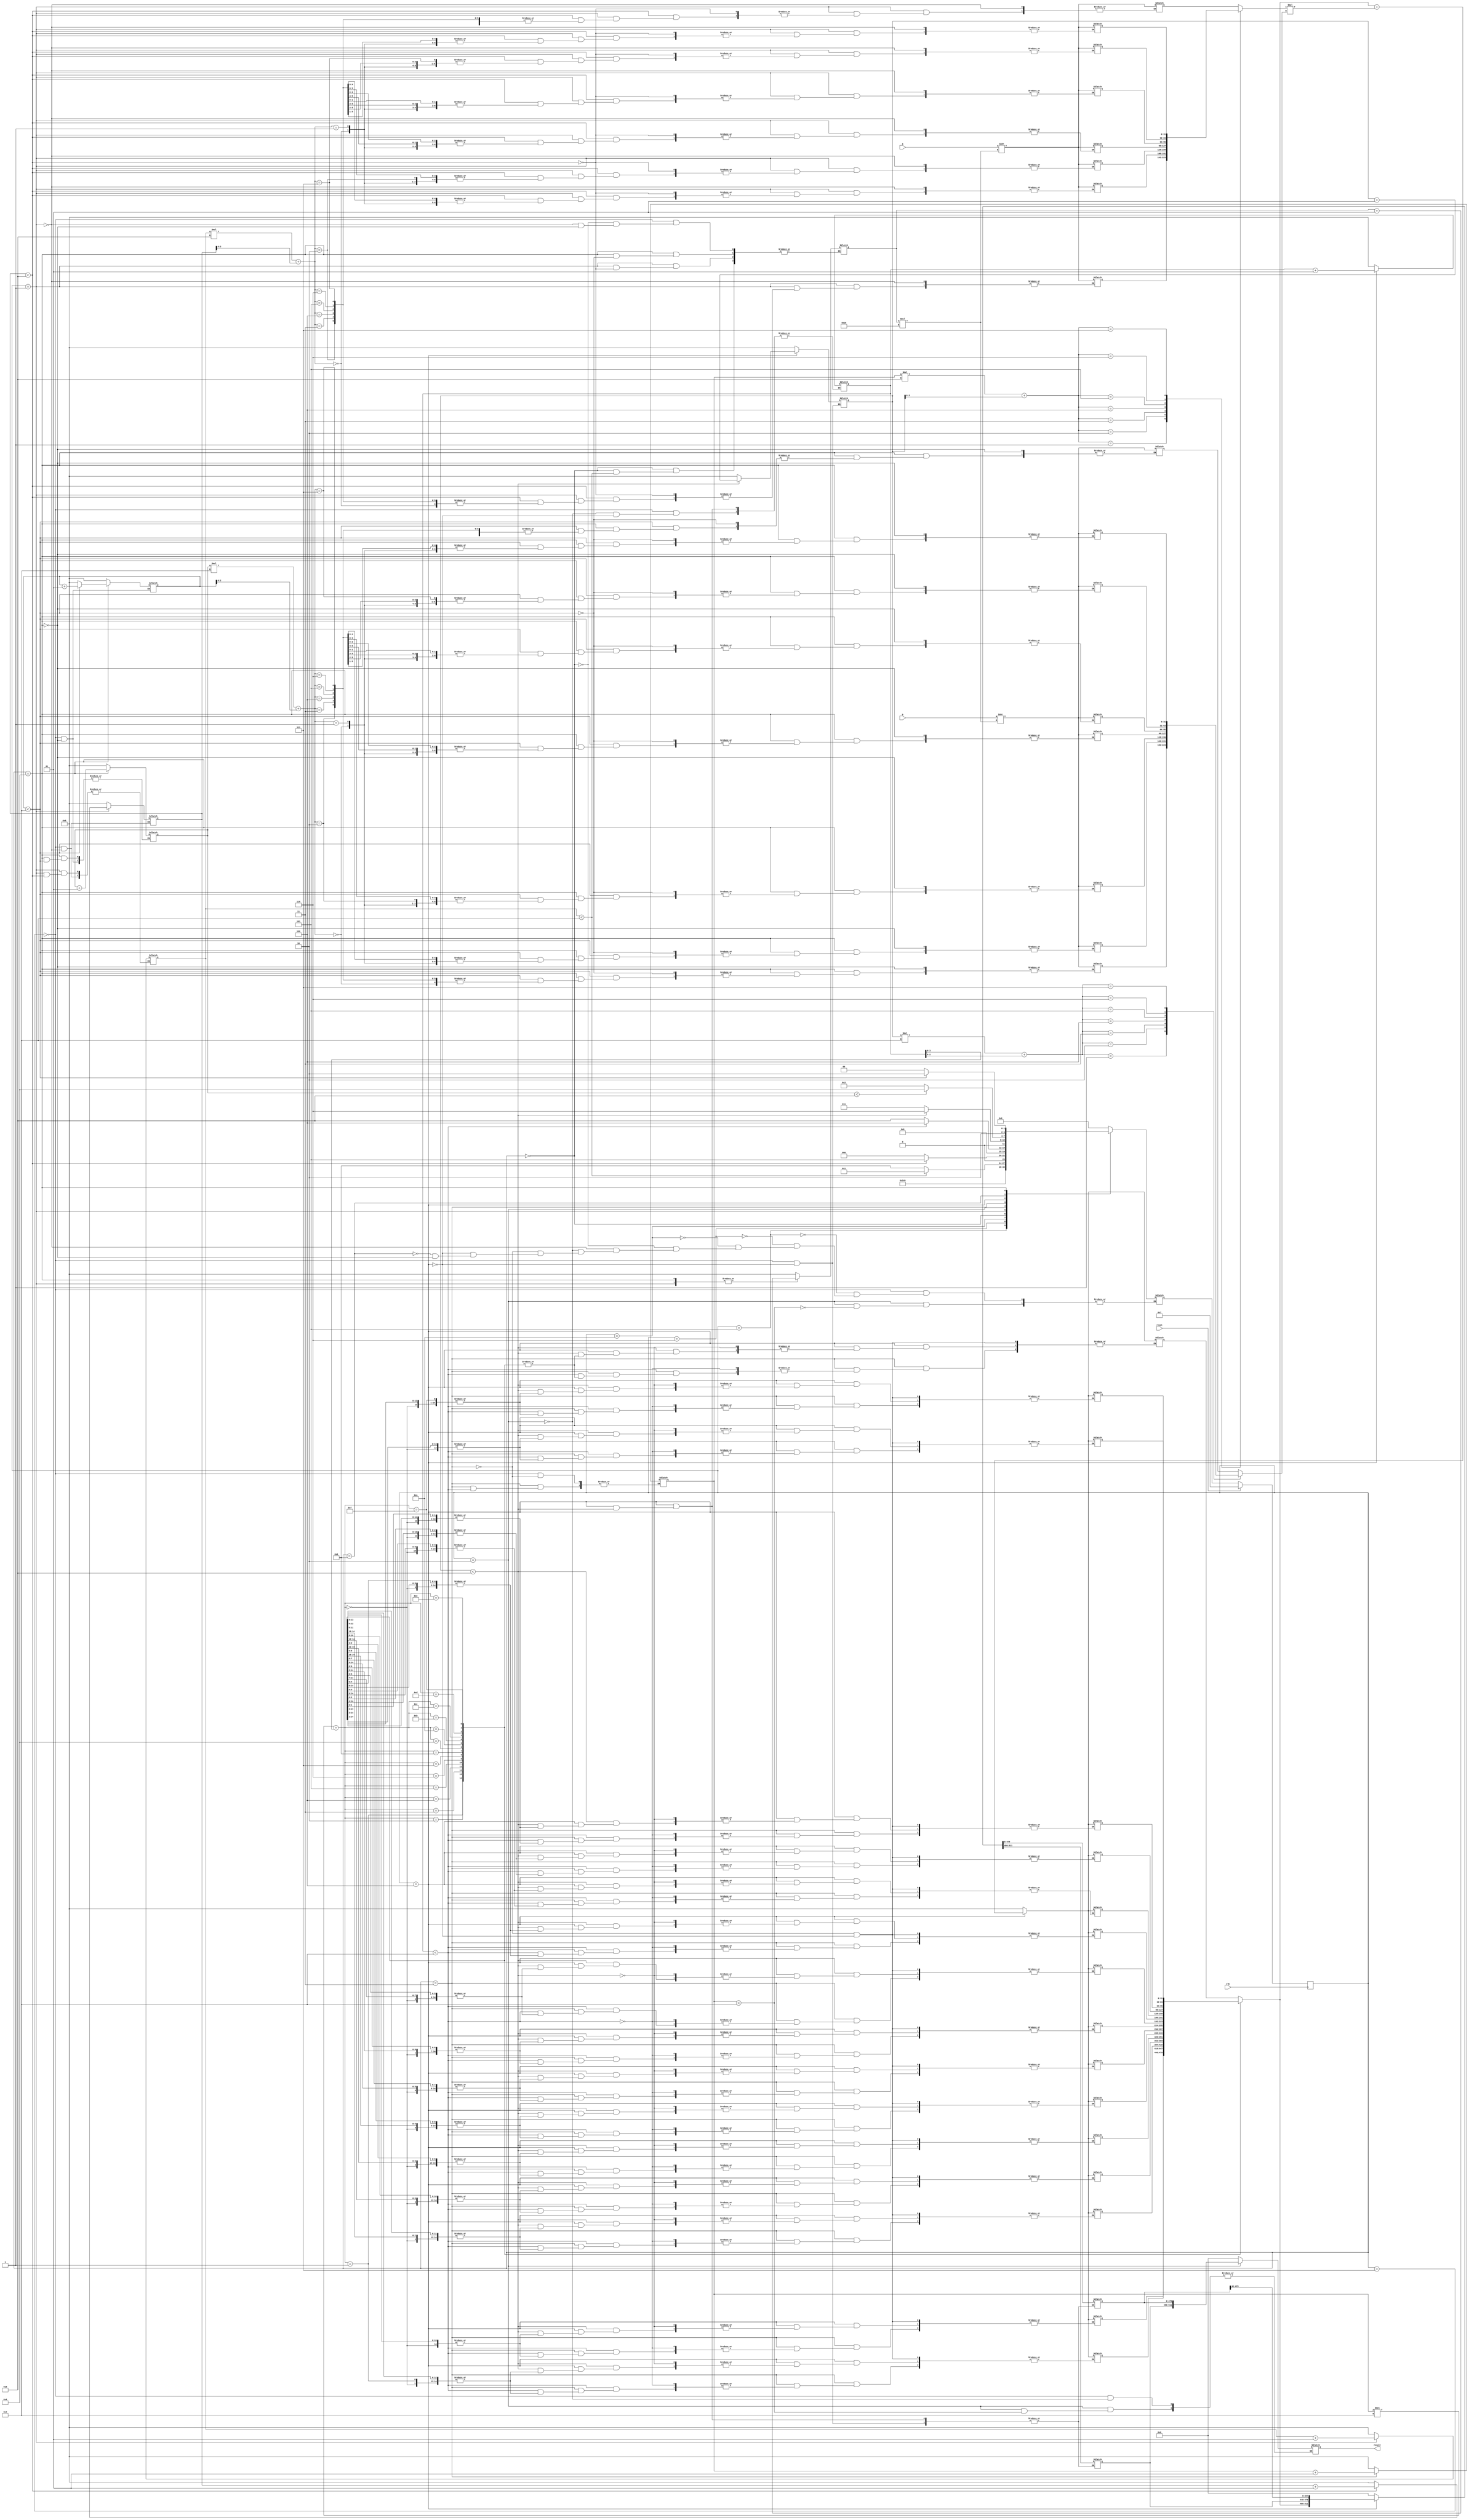
`timescale 1ns / 1ps
//////////////////////////////////////////////////////////////////////////////////
// Company: 
// Engineer: 
// 
// Design Name: 
// Module Name: test10
// Project Name: 
// Target Devices: 
// Tool Versions: 
// Description: 
// 
// Dependencies: 
// 
// Revision:
// Revision 0.01 - File Created
// Additional Comments:
// 
//////////////////////////////////////////////////////////////////////////////////



module matrix_mul(a,b,clk,reset,result);

parameter n=4,m=2;
input [n*m*32-1:0] a;
input [m*n*32-1:0] b;
reg [31:0]arr1[n-1:0][m-1:0];
reg [31:0]arr2[m-1:0][n-1:0];
reg [31:0]mul[n-1:0][n-1:0];
output reg [n*n*32-1:0] result;
reg [n*n*32-1:0] result1;
input clk,reset;
parameter s0=4'b0000,s1=4'b0001,s2=4'b0010,s3=4'b0011,s4=4'b0100,s5=4'b0101,s6=4'b0110,s7=4'b0111,s8=4'b1000,s9=4'b1001,s10=4'b1010;
reg [3:0] ps,ns;
integer i,j,count,e,f;
integer p,q,r;

 

always@(posedge clk)
begin

if(reset==1)
begin
ps<=s7;
end

else ps<=ns;

end


always@(ps)
begin


case(ps)
s7:begin
result1=0;
result=0;
i=0;
count=0;
e=0;
f=0;
j=0;
p=0;
q=0;
r=0;
ns=s0;
end

s5: ns=s1;

s6: ns=s4;
s10:ns=s9;

s0:begin
if(i<n)begin
ns=s1;
end

else begin
count=0;
ns=s8;
end
end

s1:begin

if(j<m)begin
arr1[i][j]=a>>(count*32);
count=count+1;
j=j+1;
ns=s5;
end

else begin
j=0;
i=i+1;
ns=s0;
end

end


s2:begin
q=0;
if(p<n) ns=s3;
else 
result=result1;
end

s3:begin
if(q<n) begin
mul[p][q]=0;
ns=s4;
end
else begin
p=p+1;
ns=s2;
end
end

s4:begin
if(r<m)begin
mul[p][q]=mul[p][q]+(arr1[p][r]*arr2[r][q]);
r=r+1;
ns=s6;
end
else begin
result1=result1>>32;
result1[((32*n*n)-1):((32*n*n)-32)]=mul[p][q];
r=0;
q=q+1;

ns=s3;
end
end
s8:begin
if(e<m)begin
ns=s9;
end

else begin
ns=s2;
end
end

s9:begin

if(f<n)begin

arr2[e][f]=b>>(count*32);
count=count+1;
/*if(e<n&&f<n)
begin
mul[e][f]=0;
mul[f][e]=0;
end*/
f=f+1;
//mul[n-1][n-1]=0;
ns=s10;
end

else begin
f=0;
e=e+1;
ns=s8;
end

end

endcase
end
endmodule